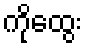
ကိုထွေး